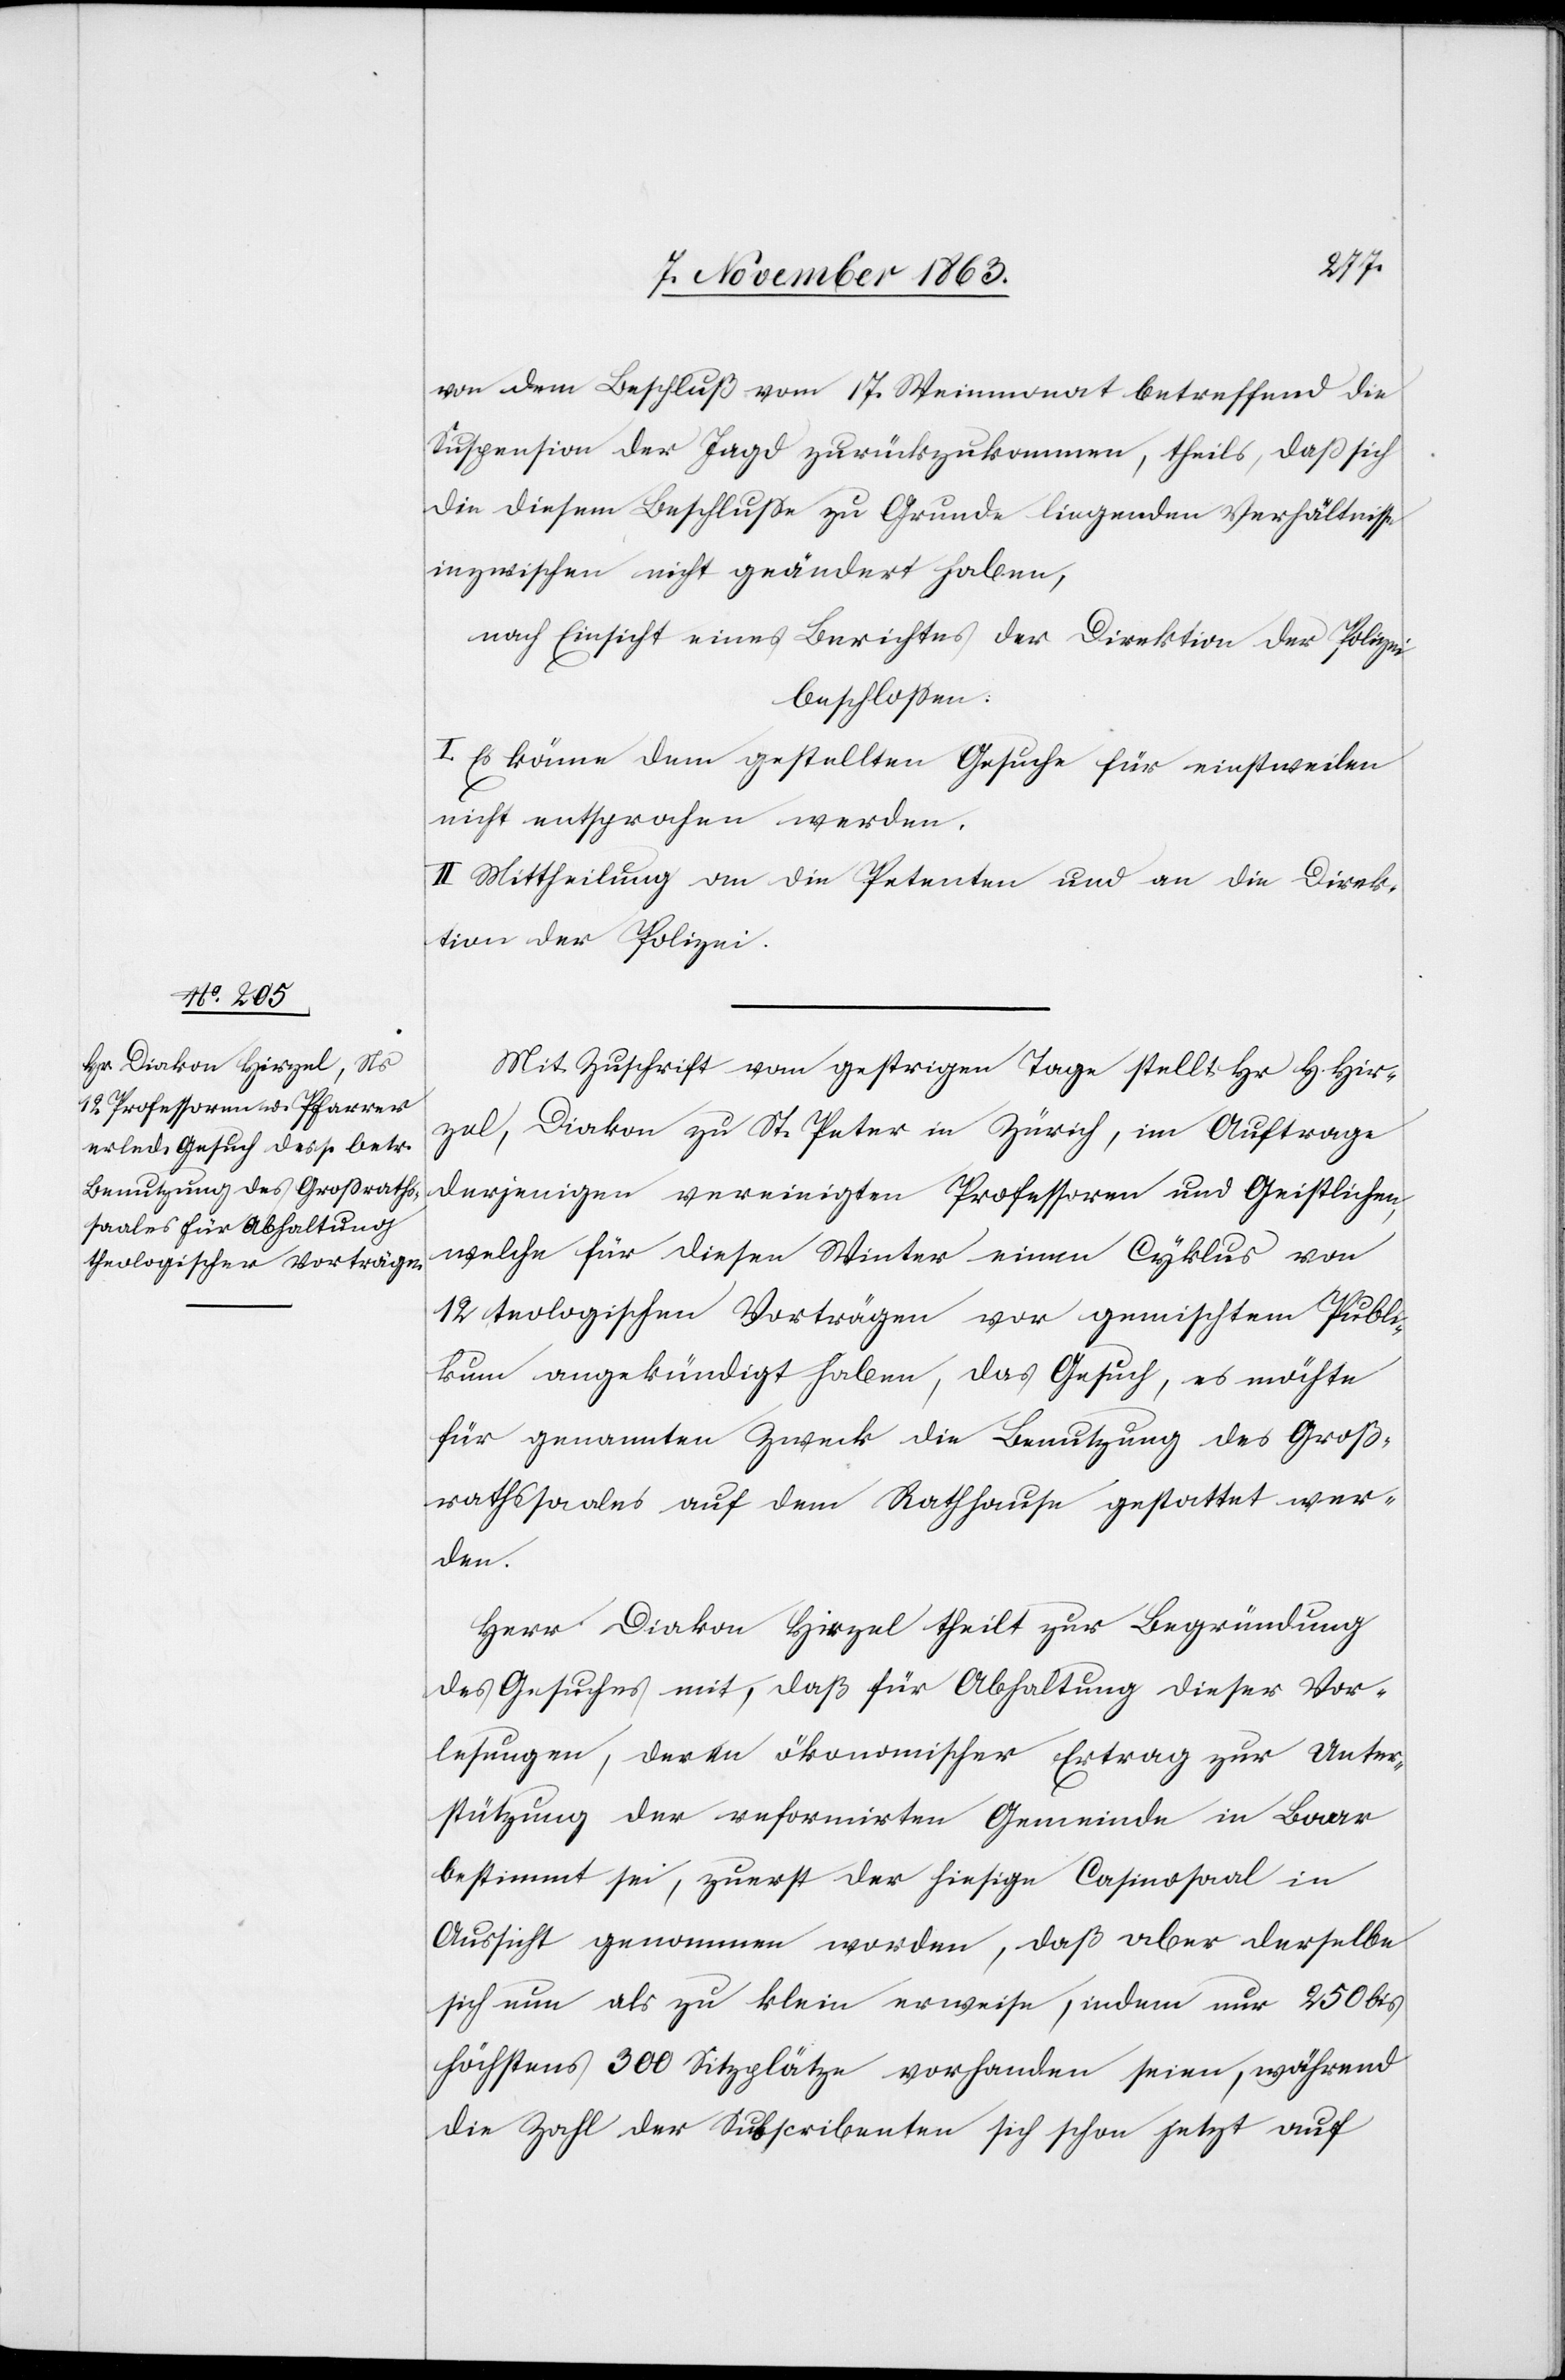
von dem Beschluß vom 17. Weinmonat betreffend die
Suspension der Jagd zurückzukommen, theils, daß sich
die diesem Beschlusse zu Grunde liegenden Verhältnisse
inzwischen nicht geändert haben,
nach Einsicht eines Berichtes der Direktion der Polizei
beschlossen:
I. Es könne dem gestellten Gesuche für einstweilen
nicht entsprochen werden.
II. Mittheilung an die Petenten und an die Direk¬
tion der Polizei.
Mit Zuschrift vom gestrigen Tage stellt Hr. H. Hir¬
zel, Diakon zu St. Peter in Zürich, im Auftrage
derjenigen vereinigten Professoren und Geistlichen,
welche für diesen Winter einen Cyklus von
12 t[h]eologischen Vorträgen vor gemischtem Publi¬
kum angekündigt haben, das Gesuch, es möchte
für genannten Zweck die Benutzung des Groß¬
rathssaales auf dem Rathhause gestattet wer¬
den.
Herr Diakon Hirzel theilt zur Begründung
des Gesuches mit, daß für Abhaltung dieser Vor¬
lesungen, deren ökonomischer Ertrag zur Unter¬
stützung der reformirten Gemeinde in Baar
bestimmt sei, zuerst der hiesige Casinosaal in
Aussicht genommen worden, daß aber derselbe
sich nun als zu klein erweise, indem nur 250 bis
höchstens 300 Sitzplätze vorhanden seien, während
die Zahl der Subscribenten sich schon jetzt auf